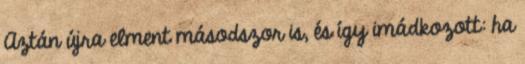
Aztán újra elment másodszor is, és így imádkozott: ha